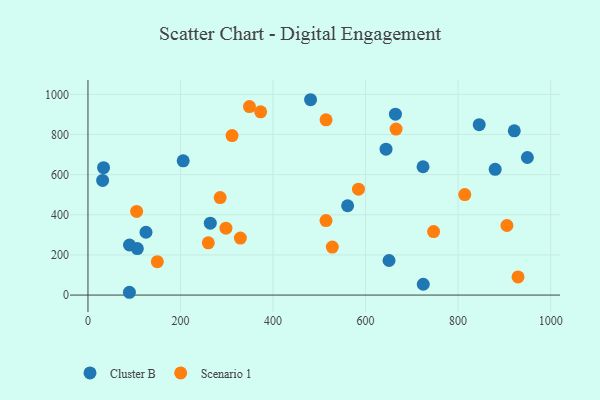
{"axis": {"x": "Engine Size", "y": "Yield"}, "legend": ["Cluster B", "Scenario 1"], "data": [{"x": "31.7", "y": 571.3, "type": "Cluster B"}, {"x": "89.6", "y": 13.9, "type": "Cluster B"}, {"x": "89.8", "y": 249.3, "type": "Cluster B"}, {"x": "724.7", "y": 53.8, "type": "Cluster B"}, {"x": "724.2", "y": 639.3, "type": "Cluster B"}, {"x": "949.7", "y": 685.4, "type": "Cluster B"}, {"x": "561.2", "y": 444.9, "type": "Cluster B"}, {"x": "125.4", "y": 312.9, "type": "Cluster B"}, {"x": "921.4", "y": 818.0, "type": "Cluster B"}, {"x": "481.1", "y": 973.1, "type": "Cluster B"}, {"x": "664.5", "y": 901.0, "type": "Cluster B"}, {"x": "644.2", "y": 726.8, "type": "Cluster B"}, {"x": "880.1", "y": 626.3, "type": "Cluster B"}, {"x": "205.8", "y": 668.7, "type": "Cluster B"}, {"x": "106.7", "y": 231.5, "type": "Cluster B"}, {"x": "650.7", "y": 172.3, "type": "Cluster B"}, {"x": "264.4", "y": 358.3, "type": "Cluster B"}, {"x": "845.6", "y": 848.6, "type": "Cluster B"}, {"x": "33.7", "y": 634.6, "type": "Cluster B"}, {"x": "105.2", "y": 416.7, "type": "Scenario 1"}, {"x": "528.1", "y": 239.0, "type": "Scenario 1"}, {"x": "929.5", "y": 90.6, "type": "Scenario 1"}, {"x": "905.5", "y": 346.5, "type": "Scenario 1"}, {"x": "514.6", "y": 873.1, "type": "Scenario 1"}, {"x": "329.4", "y": 283.7, "type": "Scenario 1"}, {"x": "298.2", "y": 333.4, "type": "Scenario 1"}, {"x": "373.2", "y": 912.9, "type": "Scenario 1"}, {"x": "584.7", "y": 527.7, "type": "Scenario 1"}, {"x": "665.9", "y": 827.0, "type": "Scenario 1"}, {"x": "514.5", "y": 370.9, "type": "Scenario 1"}, {"x": "260.1", "y": 260.1, "type": "Scenario 1"}, {"x": "349.0", "y": 939.1, "type": "Scenario 1"}, {"x": "149.9", "y": 166.3, "type": "Scenario 1"}, {"x": "747.0", "y": 316.2, "type": "Scenario 1"}, {"x": "311.4", "y": 794.4, "type": "Scenario 1"}, {"x": "285.7", "y": 485.9, "type": "Scenario 1"}, {"x": "814.4", "y": 500.8, "type": "Scenario 1"}]}